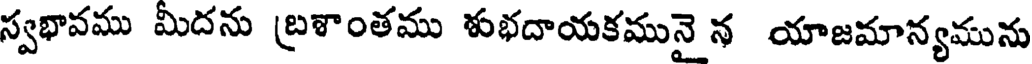
స్వభావము మీదను బ్రశాంతము శుభదాయకమునై న యాజమాన్యమును